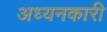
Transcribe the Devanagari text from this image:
अध्यनकारी